Vaccination North-Western Provinces 1866-1877 - 1866-1877
Year: 1866
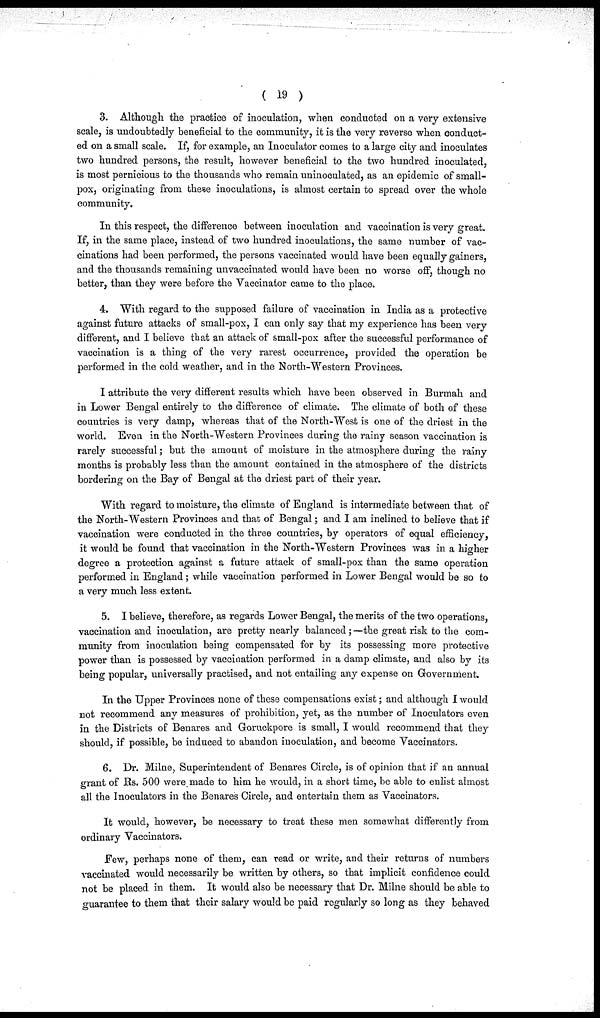
( 19 )
3. Although the practice of inoculation, when conducted on a very extensive
scale, is undoubtedly beneficial to the community, it is the very reverse when conduct-
ed on a small scale. If, for example, an Inoculator comes to a large city and inoculates
two hundred persons, the result, however beneficial to the two hundred inoculated,
is most pernicious to the thousands who remain uninoculated, as an epidemic of small-
pox, originating from these inoculations, is almost certain to spread over the whole
community.
In this respect, the difference between inoculation and vaccination is very great.
If, in the same place, instead of two hundred inoculations, the same number of vac-
cinations had been performed, the persons vaccinated would have been equally gainers,
and the thousands remaining unvaccinated would have been no worse off, though no
better, than they were before the Vaccinator came to the place.
4. With regard to the supposed failure of vaccination in India as a protective
against future attacks of small-pox, I can only say that my experience has been very
different, and I believe that an attack of small-pox after the successful performance of
vaccination is a thing of the very rarest occurrence, provided the operation be
performed in the cold weather, and in the North-Western Provinces.
I attribute the very different results which have been observed in Burmah and
in Lower Bengal entirely to the difference of climate. The climate of both of these
countries is very damp, whereas that of the North-West is one of the driest in the
world. Even in the North-Western Provinces during the rainy season vaccination is
rarely successful; but the amount of moisture in the atmosphere during the rainy
months is probably less than the amount contained in the atmosphere of the districts
bordering on the Bay of Bengal at the driest part of their year.
With regard to moisture, the climate of England is intermediate between that of
the North-Western Provinces and that of Bengal; and I am inclined to believe that if
vaccination were conducted in the three countries, by operators of equal efficiency,
it would be found that vaccination in the North-Western Provinces was in a higher
degree a protection against a future attack of small-pox than the same operation
performed in England ; while vaccination performed in Lower Bengal would be so to
a very much less extent.
5. I believe, therefore, as regards Lower Bengal, the merits of the two operations,
vaccination and inoculation, are pretty nearly balanced;—the great risk to the com-
munity from inoculation being compensated for by its possessing more protective
power than is possessed by vaccination performed in a damp climate, and also by its
being popular, universally practised, and not entailing any expense on Government.
In the Upper Provinces none of these compensations exist; and although I would
not recommend any measures of prohibition, yet, as the number of Inoculators even
in the Districts of Benares and Goruckpore is small, I would recommend that they
should, if possible, be induced to abandon inoculation, and become Vaccinators.
6. Dr. Milne, Superintendent of Benares Circle, is of opinion that if an annual
grant of Rs. 500 were made to him he would, in a short time, be able to enlist almost
all the Inoculators in the Benares Circle, and entertain them as Vaccinators.
It would, however, be necessary to treat these men somewhat differently from
ordinary Vaccinators.
Few, perhaps none of them, can read or write, and their returns of numbers
vaccinated would necessarily be written by others, so that implicit confidence could
not be placed in them. It would also be necessary that Dr. Milne should be able to
guarantee to them that their salary would be paid regularly so long as they behaved